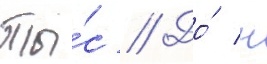
Ты́с // До́ н